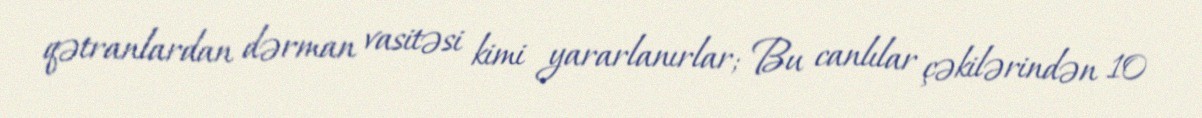
qətranlardan dərman vasitəsi kimi yararlanırlar; Bu canlılar çəkilərindən 10